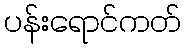
ပန်းရောင်ကတ်